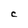
Character: C